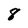
Character: 8